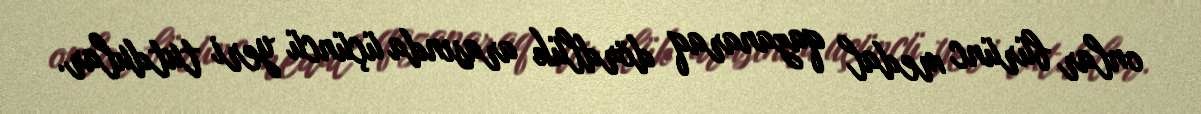
onlar bürünc medal qazanaraq dördlük arasında üçüncü yeri tutdular.